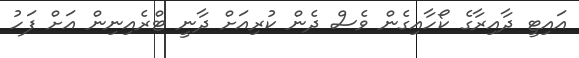
އައިޓީ ދާއިރާގެ ކޯހާއިގެން ވެސް ދެން ކުރިއަށް ދާނީ ޓްރެއިނިން އަށް ފަހު